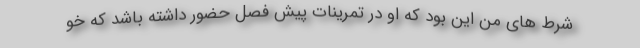
شرط های من این بود که او در تمرینات پیش فصل حضور داشته باشد که خو